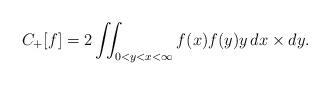
LaTeX: \begin{align*}C_{+}[f] = 2\iint_{0<y<x<\infty} f(x) f(y) y \, dx \times dy.\end{align*}